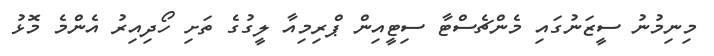
މިނިމުނު ސީޒަނުގައި މެންޗެސްޓާ ސިޓީއިން ޕްރިމިއާ ލީގުގެ ތަށި ހޯދިއިރު އެންމެ މޮޅު